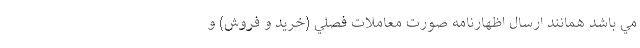
مي باشد همانند ارسال اظهارنامه صورت معاملات فصلي (خريد و فروش) و